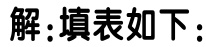
解:填表如下: